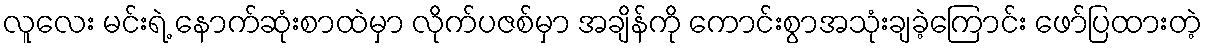
လူလေး မင်းရဲ့ နောက်ဆုံးစာထဲမှာ လိုက်ပဇစ်မှာ အချိန်ကို ကောင်းစွာအသုံးချခဲ့ကြောင်း ဖော်ပြထားတဲ့